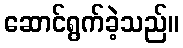
ဆောင်ရွက်ခဲ့သည်။